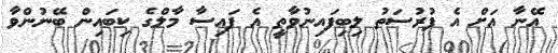
އޭނާ އަށް އެ ފުރުސަތު ލިބިފައިނުވާތީ އެ ފައިސާ މާލްގެ ކިބައިން ބޭނުންވާ